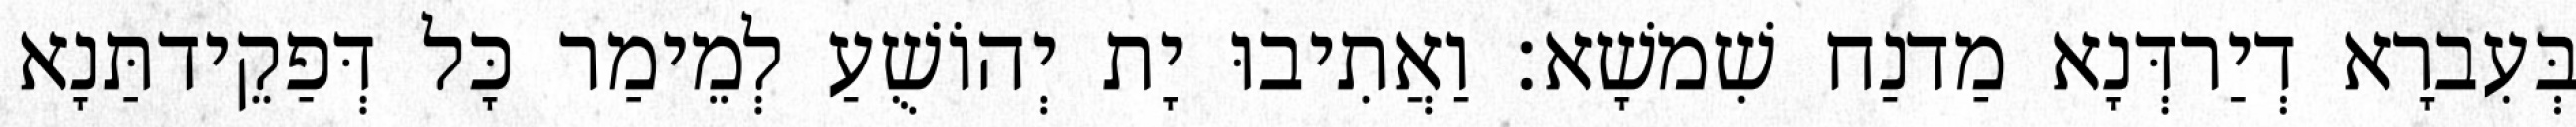
בְּעִברָא דְיַרדְּנָא מַדנַח שִׁמשָׁא׃ וַאֲתִיבוּ יָת יְהוֹשֻׁעַ לְמֵימַר כָּל דְּפַקֵידתַּנָא